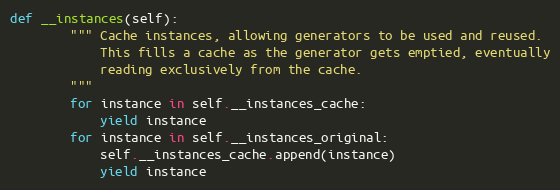
Language: Python
def __instances(self):
        """ Cache instances, allowing generators to be used and reused.
            This fills a cache as the generator gets emptied, eventually
            reading exclusively from the cache.
        """
        for instance in self.__instances_cache:
            yield instance
        for instance in self.__instances_original:
            self.__instances_cache.append(instance)
            yield instance